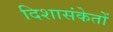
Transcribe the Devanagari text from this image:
दिशासंकेतों